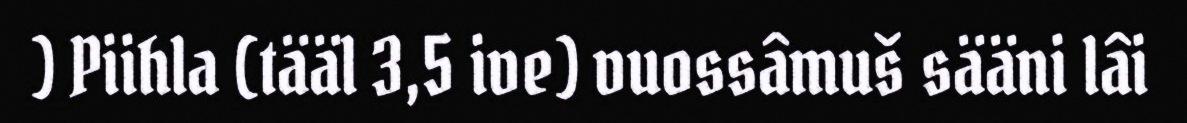
) Piihla (tääl 3,5 ive) vuossâmuš sääni lâi